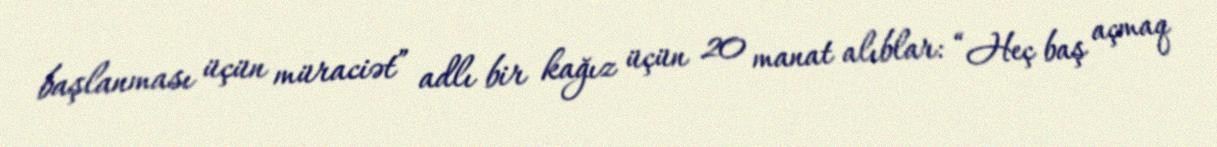
başlanması üçün müraciət” adlı bir kağız üçün 20 manat alıblar: “Heç baş açmaq